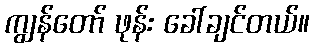
ကျွန်တော် ဖုန်း ခေါ်ချင်တယ်။